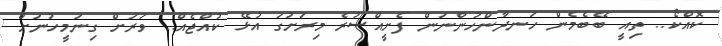
ކޮއްކޯ.. ތިއީ ބޭބެމެން ހަނދާންހުންނަން ފެށީއްސުރެ މިރަށުގަ އުޅޭ ކުއްޖެއް.. ވަރަށް ގިނަމީހުނަށް